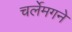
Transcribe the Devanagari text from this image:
चर्लेमगने